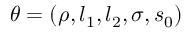
\theta = ( \rho , l _ { 1 } , l _ { 2 } , \sigma , s _ { 0 } )